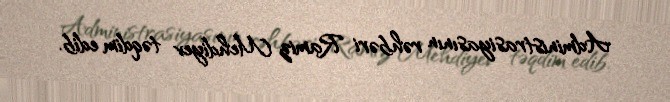
Administrasiyasının rəhbəri Ramiz Mehdiyev təqdim edib.